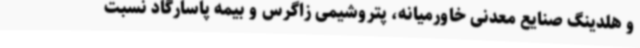
و هلدینگ صنایع معدنی خاورمیانه، پتروشیمی زاگرس و بیمه پاسارگاد نسبت